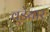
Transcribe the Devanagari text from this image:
वूडेयार